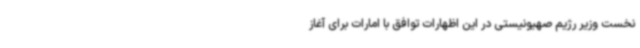
نخست وزیر رژیم صهیونیستی در این اظهارات توافق با امارات برای آغاز